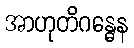
အာဟုတိဂန္ဓေန